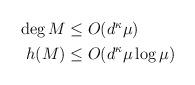
LaTeX: \begin{align*} \begin{aligned} \deg M &\le O(d^\kappa \mu) \\ h(M) &\le O(d^\kappa \mu\log\mu) \end{aligned} \end{align*}